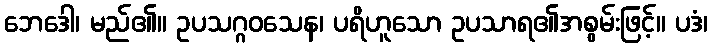
ဘေဒေါ၊ မည်၏။ ဥပသဂ္ဂဝသေန၊ ပရိဟူသော ဥပသာရ၏အစွမ်းဖြင့်။ ပဒံ၊